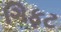
ગિફટ